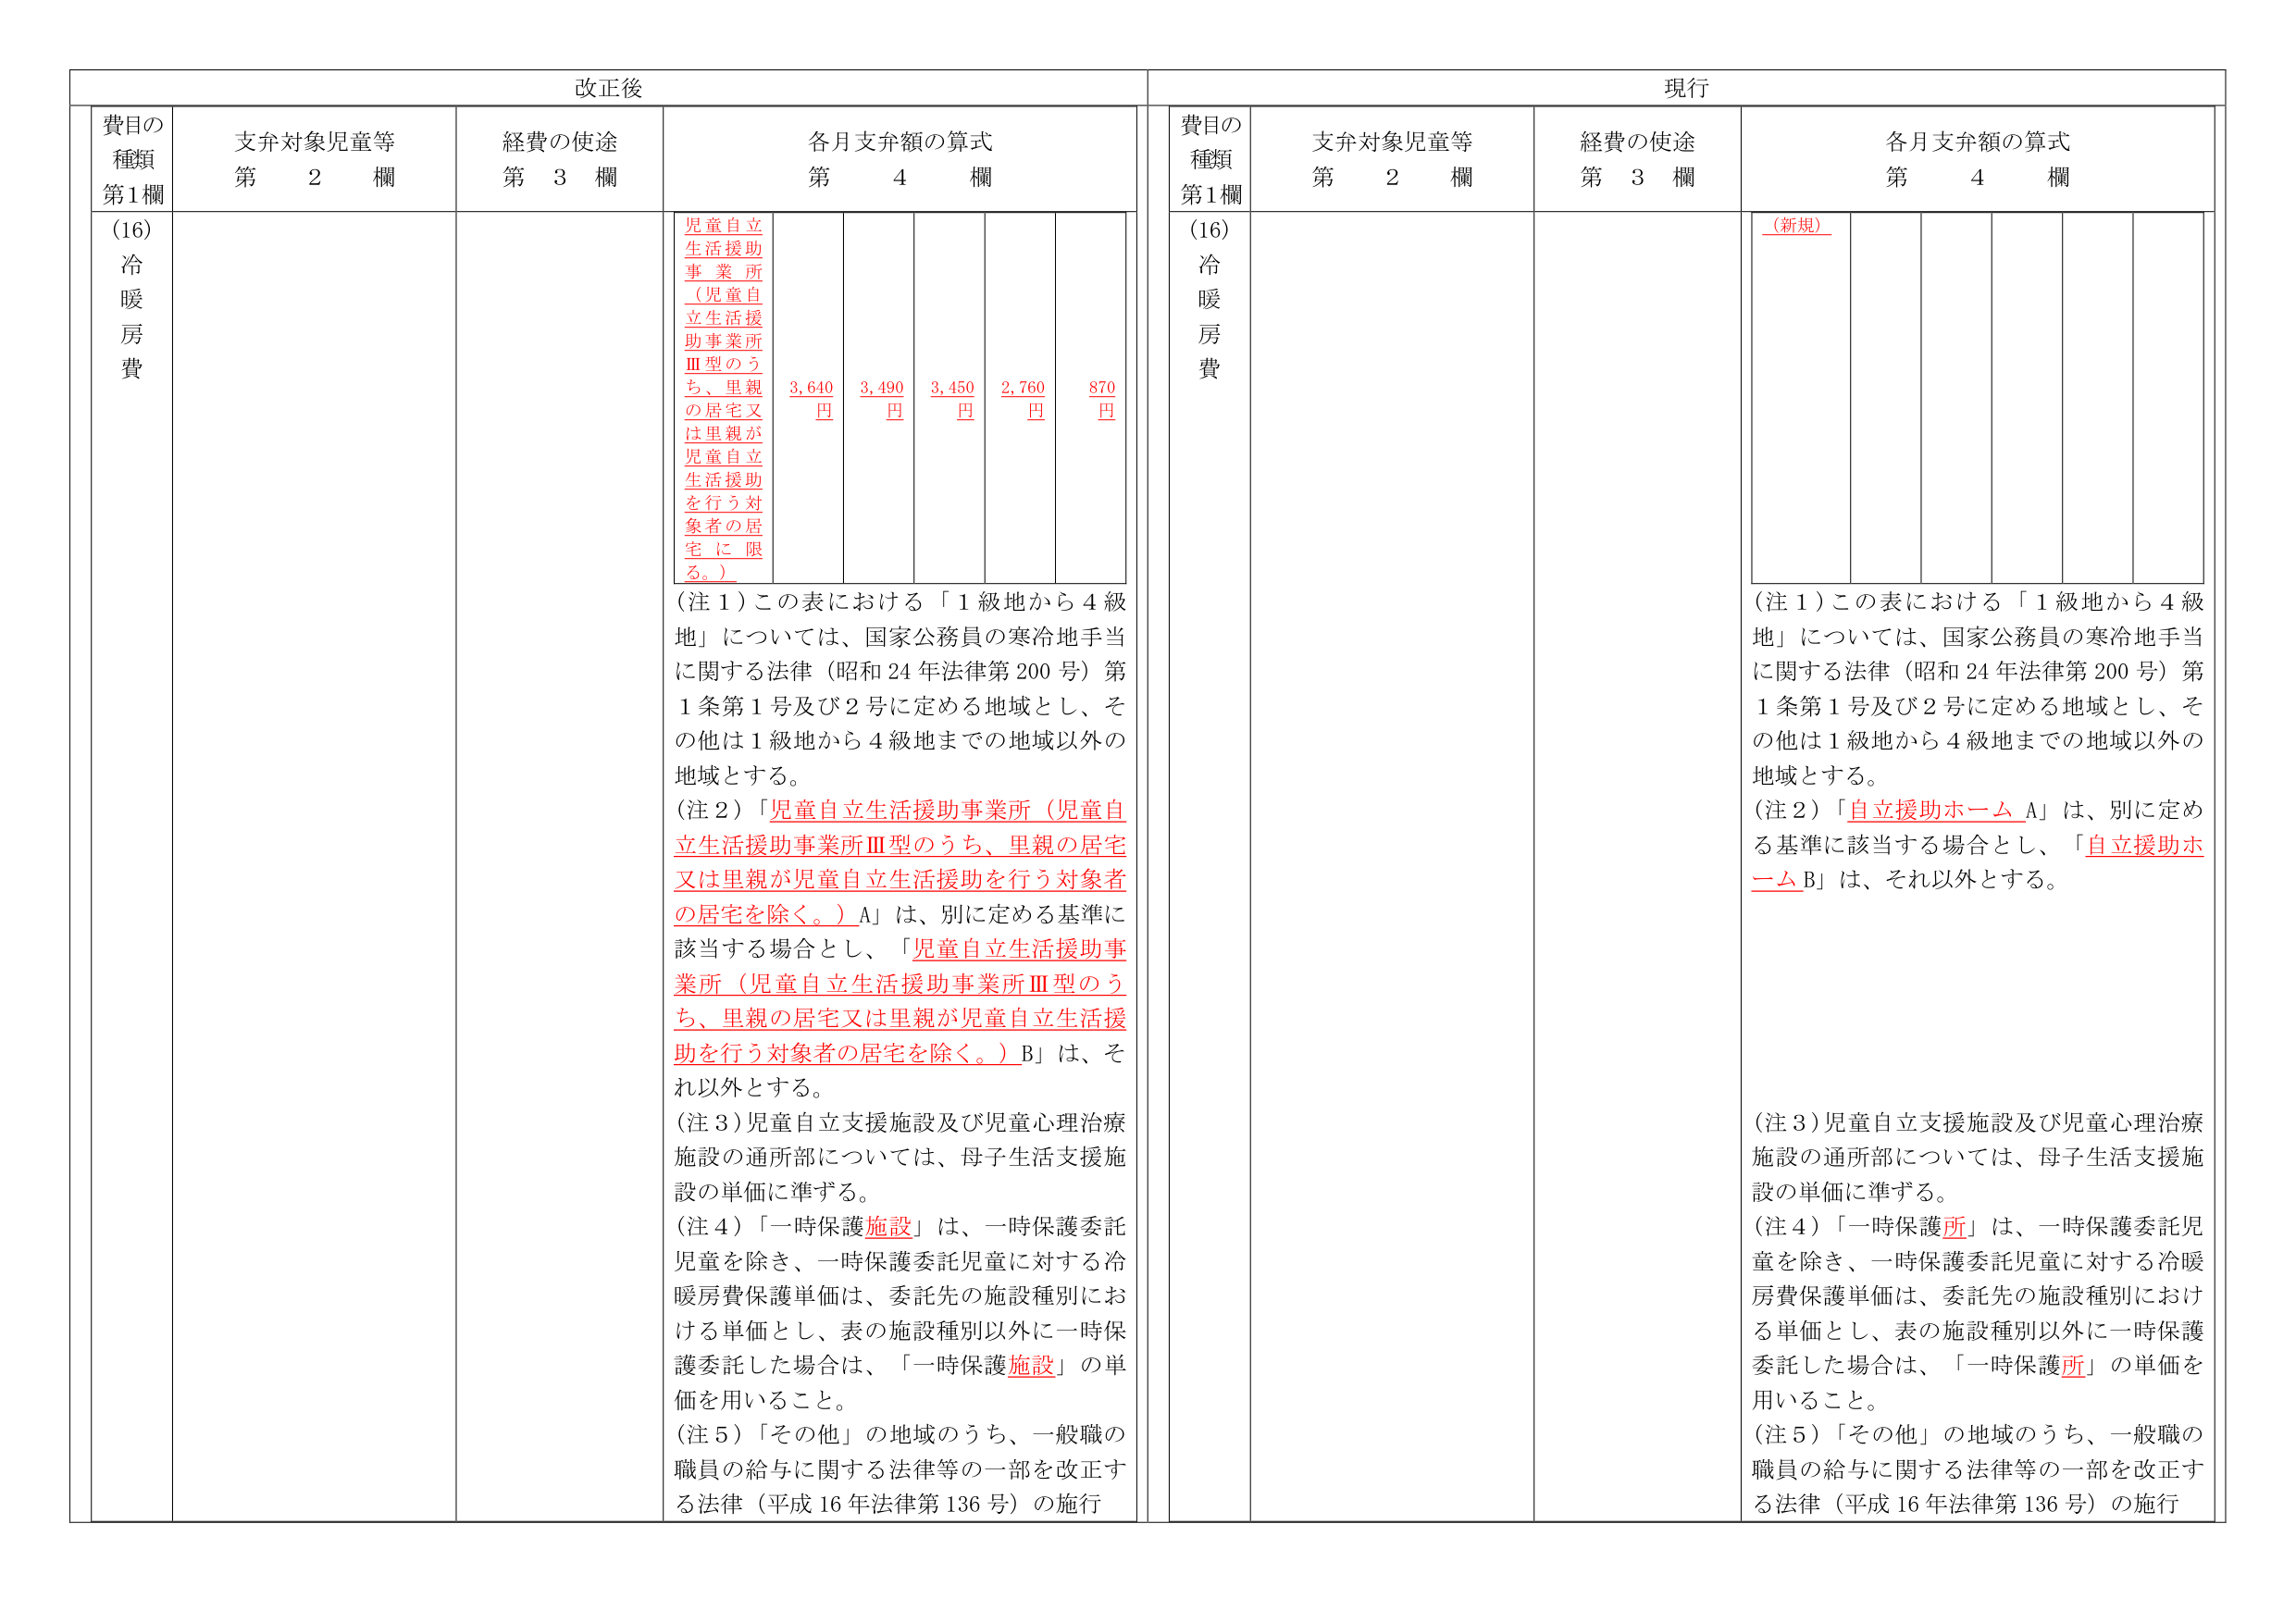
改正後

費目の
種類
第1欄

支弁対象児童等
第　2　欄

経費の使途
第　3　欄

各月支弁額の算式
第　4　欄

(16)
冷
暖
房
費

児童自立
生活援助
事　業　所
（児童自
立生活援
助事業所
Ⅲ型のう
ち、里親
の居宅又
は里親が
児童自立
生活援助
を行う対
象者の居
宅　に　限
る。）

3,640
円

3,490
円

3,450
円

2,760
円

870
円

（注１）この表における「１級地から４級地」については、国家公務員の寒冷地手当に関する法律（昭和24年法律第200号）第1条第1号及び2号に定める地域とし、その他は１級地から４級地までの地域以外の地域とする。

（注２）「児童自立生活援助事業所（児童自立生活援助事業所Ⅲ型のうち、里親の居宅又は里親が児童自立生活援助を行う対象者の居宅を除く。）A」は、別に定める基準に該当する場合とし、「児童自立生活援助事業所（児童自立生活援助事業所Ⅲ型のうち、里親の居宅又は里親が児童自立生活援助を行う対象者の居宅を除く。）B」は、それ以外とする。

（注３）児童自立支援施設及び児童心理治療施設の通所部については、母子生活支援施設の単価に準ずる。

（注４）「一時保護施設」は、一時保護委託児童を除き、一時保護委託児童に対する冷暖房費保護単価は、委託先の施設種別における単価とし、表の施設種別以外に一時保護委託した場合は、「一時保護施設」の単価を用いること。

（注５）「その他」の地域のうち、一般職の職員の給与に関する法律等の一部を改正する法律（平成16年法律第136号）の施行

現行

費目の
種類
第1欄

支弁対象児童等
第　2　欄

経費の使途
第　3　欄

各月支弁額の算式
第　4　欄

(16)
冷
暖
房
費

（新規）

（注１）この表における「１級地から４級地」については、国家公務員の寒冷地手当に関する法律（昭和24年法律第200号）第1条第1号及び2号に定める地域とし、その他は１級地から４級地までの地域以外の地域とする。

（注２）「自立援助ホーム A」は、別に定める基準に該当する場合とし、「自立援助ホーム B」は、それ以外とする。

（注３）児童自立支援施設及び児童心理治療施設の通所部については、母子生活支援施設の単価に準ずる。

（注４）「一時保護所」は、一時保護委託児童を除き、一時保護委託児童に対する冷暖房費保護単価は、委託先の施設種別における単価とし、表の施設種別以外に一時保護委託した場合は、「一時保護所」の単価を用いること。

（注５）「その他」の地域のうち、一般職の職員の給与に関する法律等の一部を改正する法律（平成16年法律第136号）の施行